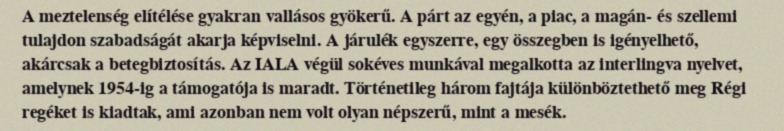
A meztelenség elítélése gyakran vallásos gyökerű. A párt az egyén, a piac, a magán- és szellemi tulajdon szabadságát akarja képviselni. A járulék egyszerre, egy összegben is igényelhető, akárcsak a betegbiztosítás. Az IALA végül sokéves munkával megalkotta az interlingva nyelvet, amelynek 1954-ig a támogatója is maradt. Történetileg három fajtája különböztethető meg Régi regéket is kiadtak, ami azonban nem volt olyan népszerű, mint a mesék.